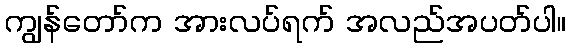
ကျွန်တော်က အားလပ်ရက် အလည်အပတ်ပါ။